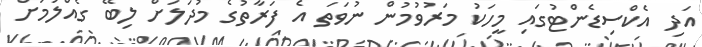
އަދި އެކްސިޑެންޓުގައި މީހަކު މަރުވުމުން ނުވަތަ އެ ފަރާތުގެ މުދަލަށް ލިބޭ ގެއްލުމަށް